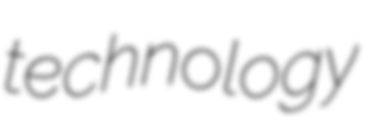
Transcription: technology